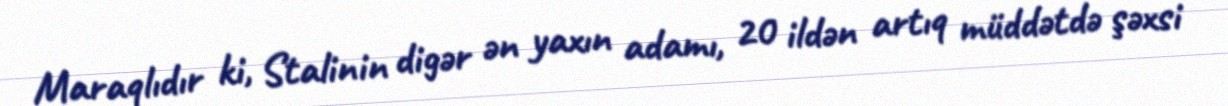
Maraqlıdır ki, Stalinin digər ən yaxın adamı, 20 ildən artıq müddətdə şəxsi